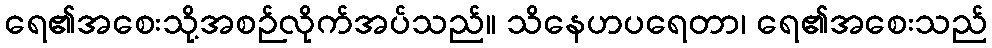
ရေ၏အစေးသို့အစဉ်လိုက်အပ်သည်။ သိနေဟပရေတာ၊ ရေ၏အစေးသည်